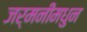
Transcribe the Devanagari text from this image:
जर्मनीमधुन